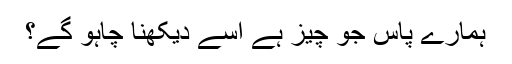
ہمارے پاس جو چیز ہے اسے دیکھنا چاہو گے؟